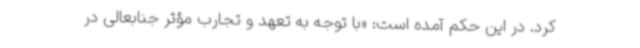
کرد. در این حکم آمده است: «با توجه به تعهد و تجارب مؤثر جنابعالی در